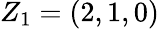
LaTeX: Z_{1}=(2,1,0)